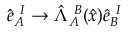
\hat { e } _ { A } ^ { \ I } \rightarrow \hat { \Lambda } _ { A } ^ { \ B } ( \hat { x } ) \hat { e } _ { B } ^ { \ I }